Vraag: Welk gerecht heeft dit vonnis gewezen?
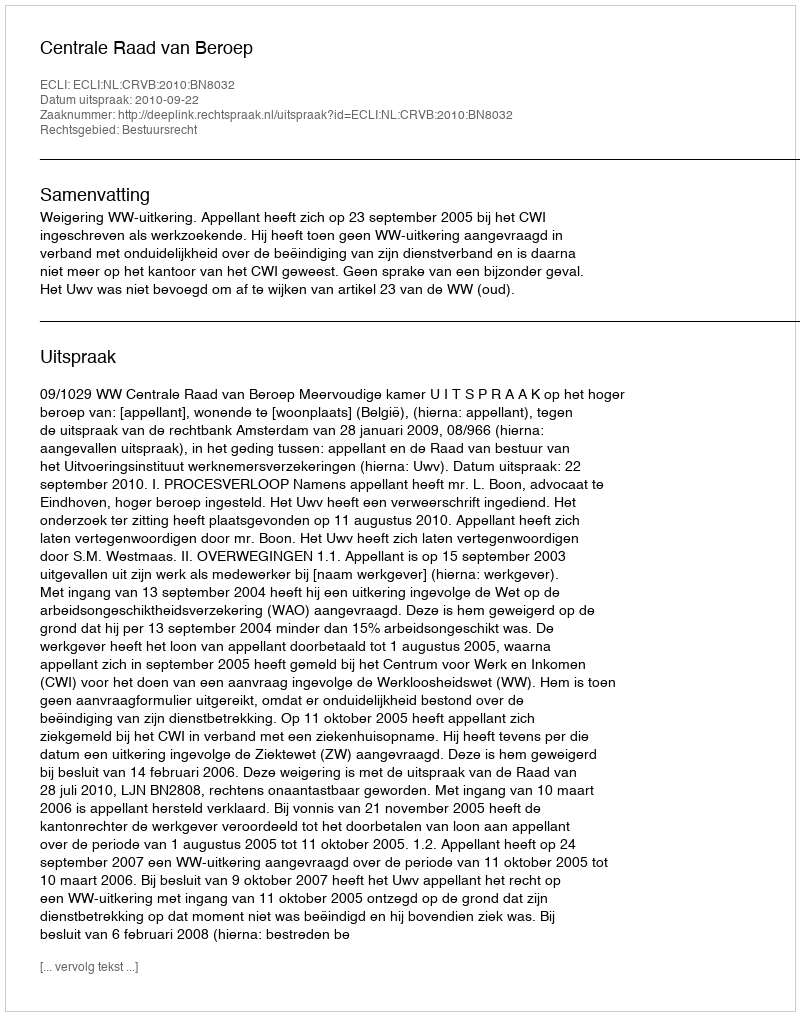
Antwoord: Centrale Raad van Beroep